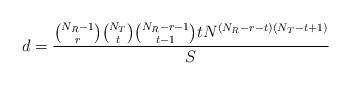
LaTeX: \begin{align*}d=\frac{\binom{N_R-1}{r}\binom{N_T}{t}\binom{N_R-r-1}{t-1}t N^{(N_R-r-t)(N_T-t+1)}}{S}\end{align*}